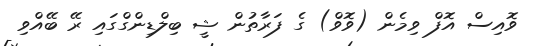
ވޮއިސް އޮފް ވިމެން (ވޮވް) ގެ ފަރާތުން ޝީ ބިލްޑިންގްގައި ރޭ ބޭއްވި